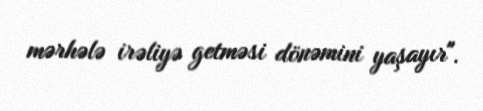
mərhələ irəliyə getməsi dönəmini yaşayır".